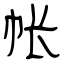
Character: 帐